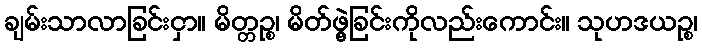
ချမ်းသာလာခြင်းငှာ။ မိတ္တဉ္စ၊ မိတ်ဖွဲ့ခြင်းကိုလည်းကောင်း။ သုဟဒယဉ္စ၊